Vaccination Hyderabad 1890-1903 - 1890-1903
Year: 1890
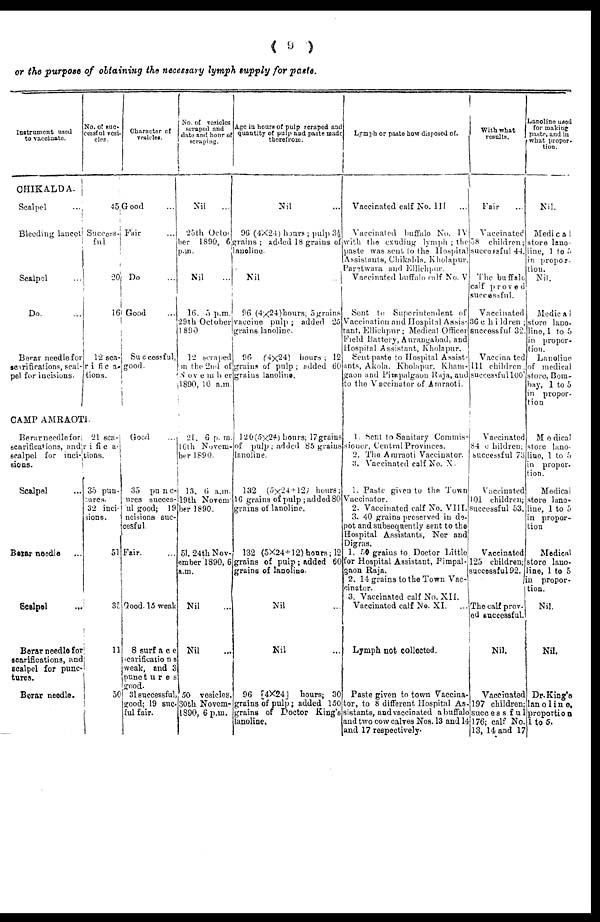
( 9 )
or the purpose of obtaining the necessary lymph supply for paste.
Instrument used
to vaccinate
CHIKALDA.
Scalpel ...
Bleeding lancet
Scalpel ...
Do. ...
Berar needle for
scarifications, scal-
pel for incisions.
No. of suc¬
cessful vesi-
-----
45
Success-
ful
20
16
12 sca-
rifica-
tions.
CAMP AMRAOTI.
Berarnecdlefor
scarifications, and
scalpel for inci-
sions.
Scalpel ...
Berar needle
Scalpel ...
Berar needle for
scarifications, and
scalpel for punc-
tures.
Berar needle.
21 sca-
rifica-
tions.
35 pun-
tures.
32 inci-
sions.
51
35
11
50
Character of
vesicles.
Good ...
Fair ...
Do ...
Good ...
Successful,
good.
Good ...
35 punc-
ures succes-
ful good; 19
ncisions suc¬
cesful
Fair...
Good. 15 weak
8 surface
scarifications
weak, and 3
punetures
good.
31 successful,
good; 19 suc¬
ful fair.
No. of vesicles
scraped and
date and hour of
scraping.
Nil
...
25th Octo-
ber 1890, 6
p.m.
Nil ...
16. 5 p.m.
29th October
1890
12 scraped
in the 2nd of
November
1890, 10 a.m.
21. 6 p. m.
16th Novem-
ber 1890.
13. 6 a.m.
19th Novem-
ber 1890.
51. 24th Nov-
ember 1890,6
a.m.
Nil ...
Nil ...
50 vesicles.
30th Novem-
1890, 6 p.m.
Age in hours of pulp scraped and
quantity of pulp and paste made
therefrom.
Nil ...
96 (4X24) hours ; pulp 3½
grains ; added 18 grains of
lanoline.
Nil
...
96 (4x24)hours; 5grains
vaccine pulp; added 25
grains lanoline.
96 (4x24) hours ; 12
grains of pulp ; added 60
grains lanolino.
120(5x24) hours; 17grains
of pulp ; added 85 grains
lanoline.
132 (5x24 + 12) hours;
16 grains of pulp; added 80
grains of lanoline.
132 (5X24+12)hours; 12
grains of pulp; added 60
grains of lanoline.
Nil ...
Nil ...
96 [4X24] hours; 30
grains of pulp; added 150
grains of Doctor King's
lanoline.
Lymph or paste how disposed of.
Vaccinated calf No. III ...
Vaccinated buffalo No. IV
with the exuding lymph ; the
paste was scnt to the Hospital
Assistants, Chikalda. Kholapur,
Paretwara and Ellichpur.
Vaccinated buffalo calf No. V
Sent to Supcrintendent of
Vaccination and Hospital Assis-
tant, Ellichpur; Medical Officer
Field Battery, Aurangabad, and
Hospital Assistant, Kholapur.
Sent paste to Hospital Assist-
ants, Akola. Kholapur, Kham-
gaon and Pimpalgaon Raja, and
to the Vaccinator of Amraoti.
1. Sent to Sanitary Commis-
sioner, Central Provinces.
2. The Amraoti Vaccinator.
3. Vaccinated calf No. X.
1. Paste given to the Town
Vaccinator.
2. Vaccinated calf No. VIII.
3. 40 grains preserved in de-
pot and subsequently sent to the
Hospital Assistants, Ner and
Digras.
1. 50 grains to Doctor Little
for Hospital Assistant, Fimpal-
gaon Raja.
2. 14 grains to the Town Vac-
cinator.
3. Vaccinated calf No. XII.
Vaccinated calf No. XI. ...
Lymph not collected.
Paste given to town Vaccina-
tor, to 8 different Hospital As-
sistants, and vaccinated a buffalo
and two cow calves Nos. 13 and 14
and 17 respectively.
With what
results.
Fair ...
Vaccinated
58 children;
successful 44.
The buffalo
calf proved
successful.
Vaccinated
36children ;
successful 32.
Vaccina ted
111 children,
successful 100
Vaccinated
84 children;
successful 73
Vaccinated
101 children;
successful 53.
Vaccinated
125 children;
successful 92.
The calf prov_
ed successful.
Nil.
Vaccinated
197 children;
successful
176; calf No.
13, 14 and 17
Lanoline used
for making
paste and in
what propor-
tion.
Nil.
Medical
store lano-
line, 1 to 5
in propor-
tion.
Nil.
Medica1
store lano-
lino, 1 to 5
in propor-
tion.
Lanoline
of medical
storo, Bom-
bay, 1 to 5
in propor-
tion
Medical
store lano-
lino, 1 to 5
in propor.
tion.
Medical
store lano-
line, 1 to 5
in propor-
tion
Medical
storo lano-
line, 1 to 5
in propor-
tion.
Nil.
Nil.
Dr. King's
lano1ine,
proportion
1to5.